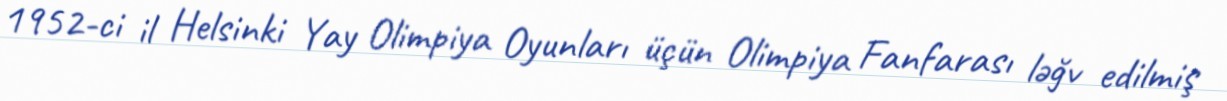
1952-ci il Helsinki Yay Olimpiya Oyunları üçün Olimpiya Fanfarası ləğv edilmiş